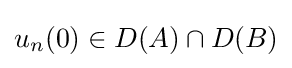
u_{n}(0)\in D(A)\cap D(B)